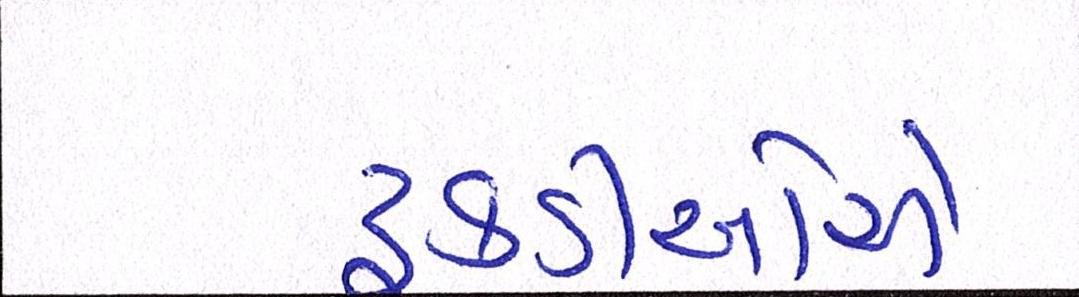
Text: ટૂકડીઓએ